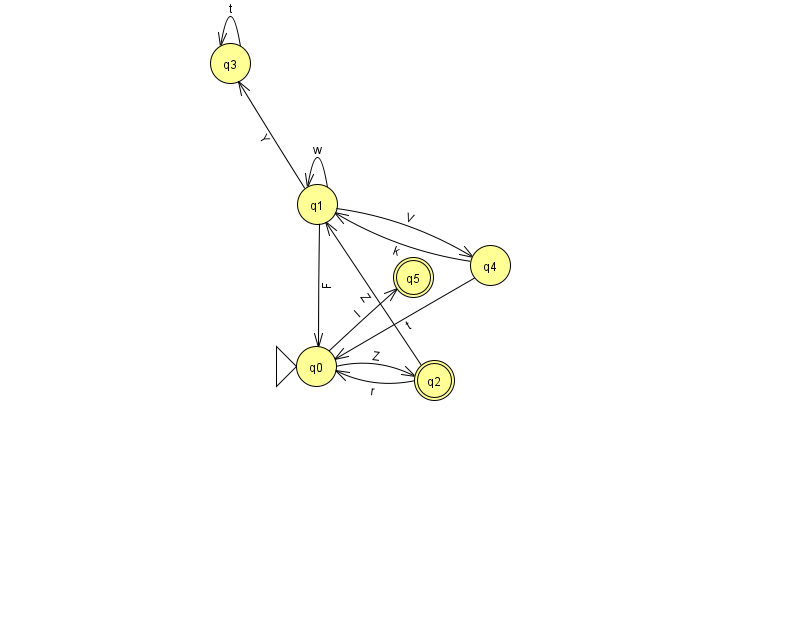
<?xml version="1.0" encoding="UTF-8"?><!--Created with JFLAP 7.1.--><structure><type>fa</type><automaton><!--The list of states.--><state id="0" name="q0"><x>316.0</x><y>353.0</y><initial/></state><state id="1" name="q1"><x>317.0</x><y>191.0</y></state><state id="2" name="q2"><x>434.0</x><y>367.0</y><final/></state><state id="3" name="q3"><x>230.0</x><y>50.0</y></state><state id="4" name="q4"><x>490.0</x><y>252.0</y></state><state id="5" name="q5"><x>413.0</x><y>264.0</y><final/></state><!--The list of transitions.--><transition><from>1</from><to>0</to><read>F</read></transition><transition><from>0</from><to>2</to><read>Z</read></transition><transition><from>4</from><to>0</to><read>t</read></transition><transition><from>3</from><to>3</to><read>t</read></transition><transition><from>2</from><to>1</to><read>Z</read></transition><transition><from>1</from><to>3</to><read>Y</read></transition><transition><from>1</from><to>4</to><read>V</read></transition><transition><from>1</from><to>1</to><read>w</read></transition><transition><from>2</from><to>0</to><read>r</read></transition><transition><from>4</from><to>1</to><read>k</read></transition><transition><from>0</from><to>5</to><read>l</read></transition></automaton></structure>